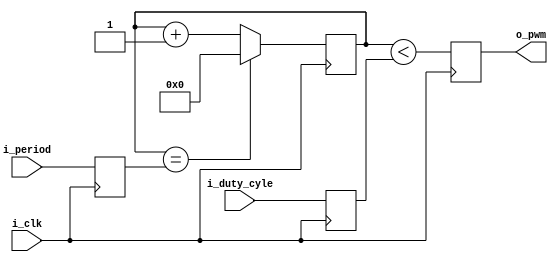
module pwm_control_period (i_clk, i_period, i_duty_cyle, o_pwm);

parameter PWM_WIDTH = 10;

input                   i_clk;
input   [PWM_WIDTH-1:0] i_period;       // max val for pwm counter
input   [PWM_WIDTH-1:0] i_duty_cyle;    // i_duty_cyle should be less or equal then i_period
output                  o_pwm;

reg     [PWM_WIDTH-1:0] cnt_ff  = 0;
reg     [PWM_WIDTH-1:0] duty_cyle_ff = 0;
reg     [PWM_WIDTH-1:0] period_ff = 0;
reg                     out_ff  = 1'b0;

always @(posedge i_clk) begin
    period_ff    <= i_period;
    duty_cyle_ff <= i_duty_cyle;
end

always @(posedge i_clk)
    if(cnt_ff == period_ff)
        cnt_ff <= 0;
    else 
        cnt_ff <= cnt_ff + 1'b1;

always @(posedge i_clk)
    out_ff <= (cnt_ff < duty_cyle_ff);

assign o_pwm = out_ff;

endmodule